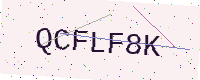
Text: QCFLF8K